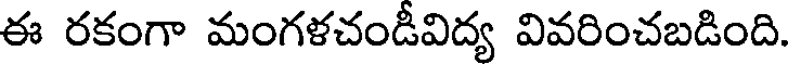
ఈ రకంగా మంగళచండీవిద్య వివరించబడింది.